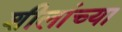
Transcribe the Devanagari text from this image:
शीलांच्या